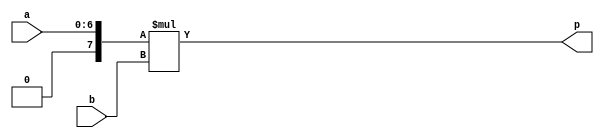
module myproject_mul_mul_7ns_16s_23_1_1_DSP48_2(a, b, p);
input [7 - 1 : 0] a;
input signed [16 - 1 : 0] b;
output signed [23 - 1 : 0] p;

assign p = $signed ({1'b0, a}) * $signed (b);

endmodule